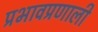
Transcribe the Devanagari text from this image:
प्रभावप्रणाली